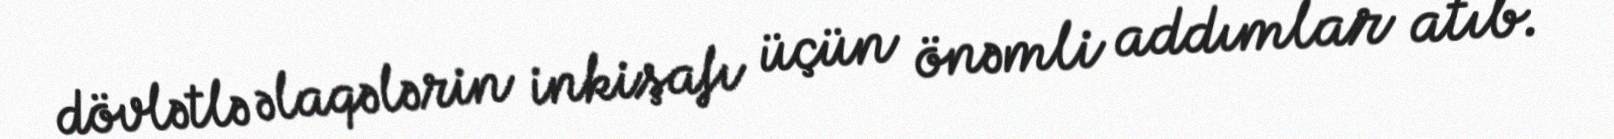
dövlətlə əlaqələrin inkişafı üçün önəmli addımlar atıb.